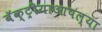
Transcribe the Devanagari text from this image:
बॅक्ट्रीयाआपल्या